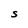
Character: S